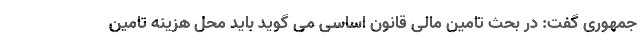
جمهوری گفت: در بحث تامین مالی قانون اساسی می گوید باید محل هزینه تامین